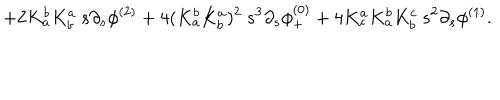
\; \; + 2 K _ { a } ^ { b } K _ { b } ^ { a } \: s \partial _ { s } \phi ^ { ( 2 ) } + 4 ( K _ { a } ^ { b } K _ { b } ^ { a } ) ^ { 2 } \: s ^ { 3 } \partial _ { s } \phi _ { + } ^ { ( 0 ) } + 4 K _ { c } ^ { a } K _ { a } ^ { b } K _ { b } ^ { c } \: s ^ { 2 } \partial _ { s } \phi ^ { ( 1 ) } .